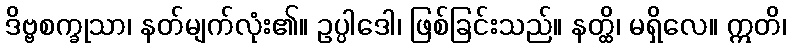
ဒိဗ္ဗစက္ခုသာ၊ နတ်မျက်လုံး၏။ ဥပ္ပါဒေါ၊ ဖြစ်ခြင်းသည်။ နတ္ထိ၊ မရှိလေ။ ဣတိ၊